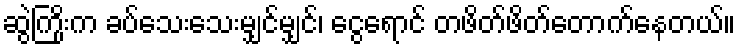
ဆွဲကြိုးက ခပ်သေးသေးမျှင်မျှင်၊ ငွေရောင် တဖိတ်ဖိတ်တောက်နေတယ်။